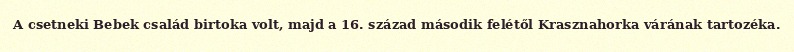
A csetneki Bebek család birtoka volt, majd a 16. század második felétől Krasznahorka várának tartozéka.